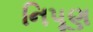
નિપૂણ